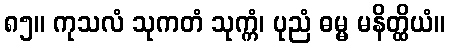
၈၅။ ကုသလံ သုကတံ သုက္ကံ၊ ပုညံ ဓမ္မ မနိတ္ထိယံ။